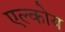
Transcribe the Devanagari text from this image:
एल्कोय